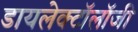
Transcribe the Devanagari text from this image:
डायलेक्टॉलॉजी